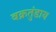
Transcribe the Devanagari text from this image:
वक्रतुंडाय